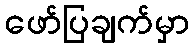
ဖော်ပြချက်မှာ